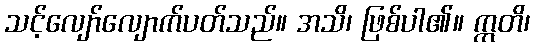
သင့်လျော်လျောက်ပတ်သည်။ အသိ၊ ဖြစ်ပါ၏။ ဣတိ၊